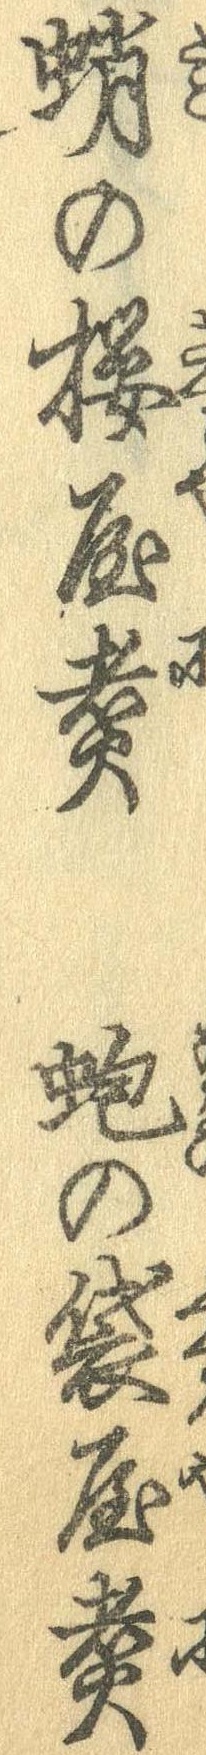
蛸の桜屋煮蚫の袋屋煮